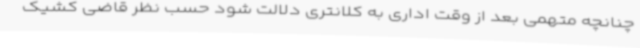
چنانچه متهمی بعد از وقت اداری به کلانتری دلالت شود حسب نظر قاضی کشیک